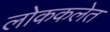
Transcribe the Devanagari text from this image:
लोककलेत